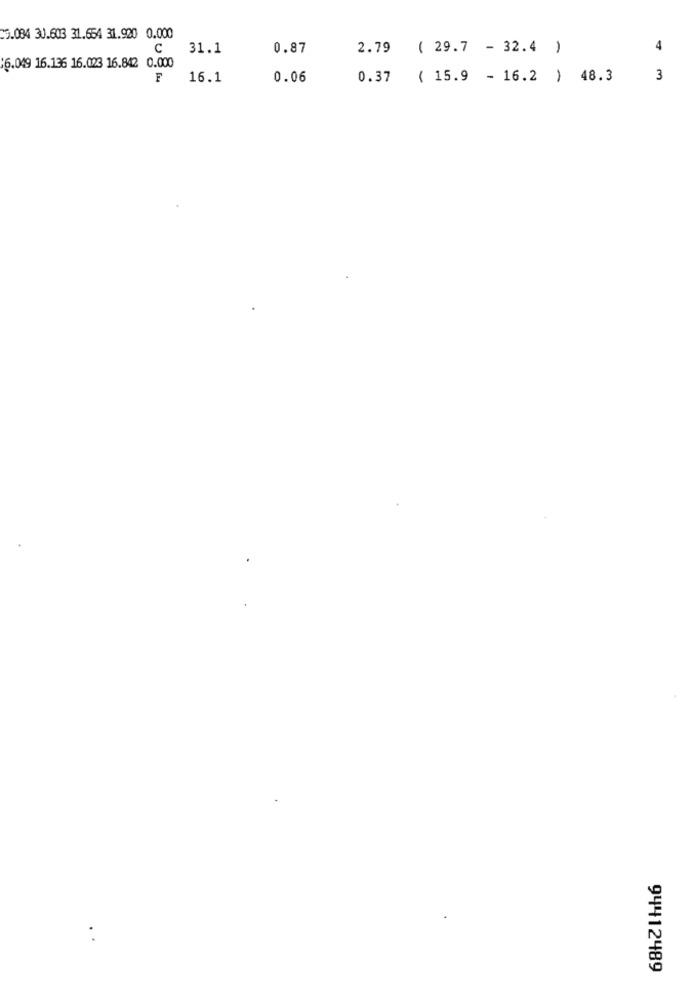
5.084 30.603 31.654 31.920 0.000
C
31.1
0.87
2.79
( 29.7 - 32.4 )
4
16.049 16.136 16.023 16.842 0.000
F
16.1
0.06
0.37
( 15.9 - 16.2 ) 48.3
3
94412489